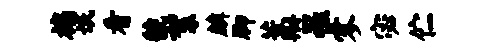
褊氓看虢絮麟脚藁罹寥宓伫